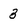
Character: 3